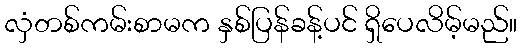
လှံတစ်ကမ်းစာမက နှစ်ပြန်ခန့်ပင် ရှိပေလိမ့်မည်။